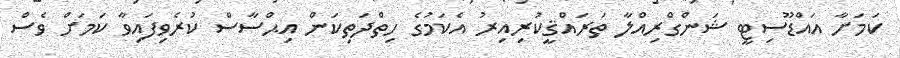
ކަމަށާ އައްޑޫސިޓީ ޝަންގްރިއްލާ ތަރައްޤީކުރިއިރު އެކަމުގެ ހިތްދަތިކަން އިޙްސާސް ކުރެވިފައިވާ ކަމަށް ވެސް